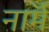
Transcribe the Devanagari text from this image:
नाॅर्म